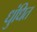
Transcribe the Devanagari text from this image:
धुंधित